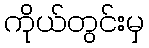
ကိုယ်တွင်းမှ